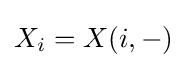
X_{i}=X(i,-)